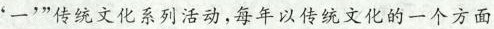
‘一’ ”传统文!化系列活动,每年以传统文化的一个方面